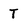
Character: T